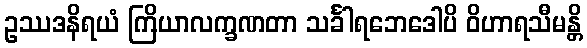
ဥဿဒနိရယံ ကြိယာလက္ခဏတာ သင်္ခါရဘေဒေါပိ ဝိဟာရသီမန္တိ